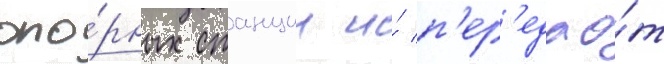
опо́рных станции и́ п'ер'едао́т